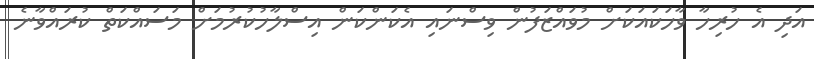
އަދި އެ ހުރިހާ ވާހަކައަކަށް މުވައްޒަފުން ވިސްނައި އެކަންކަން އިސްލާހުކުރުމަށް މަސައްކަތް ކުރައްވާނެ